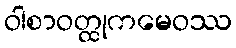
ဝါစာဝတ္ထုကမေဝဿ